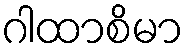
ဂါထာစိမာ